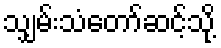
သျှမ်းသံတော်ဆင့်သို့